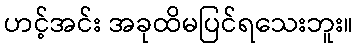
ဟင့်အင်း အခုထိမပြင်ရသေးဘူး။